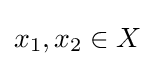
x_{1},x_{2}\in X